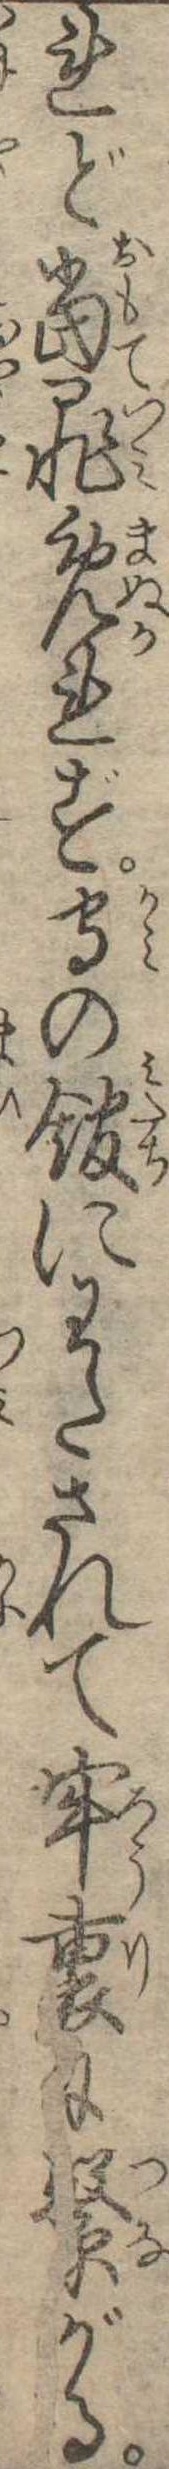
れど当罪免れず守の館にわたされて牢裏に繋がる